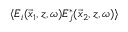
\langle E _ { i } ( \vec { x } _ { 1 } , z , \omega ) E _ { j } ^ { * } ( \vec { x } _ { 2 } , z , \omega ) \rangle